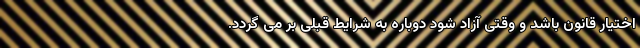
اختیار قانون باشد و وقتی آزاد شود دوباره به شرایط قبلی بر می گردد.